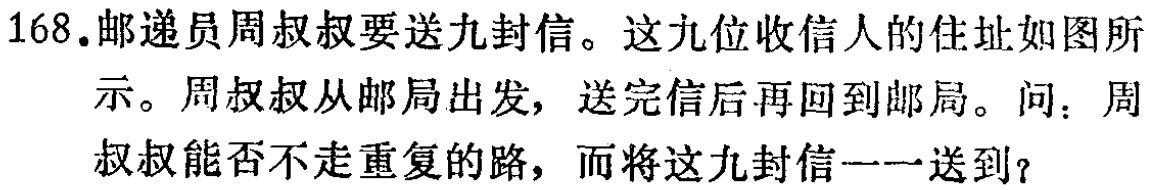
168.邮递员周叔叔要送九封信。这九位收信人的住址如图所示。周叔叔从邮局出发，送完信后再回到邮局。问：周叔叔能否不走重复的路，而将这九封信一一送到？